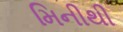
મિનીથી